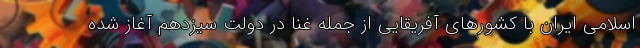
اسلامی ایران با کشورهای آفریقایی از جمله غنا در دولت سیزدهم آغاز شده